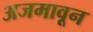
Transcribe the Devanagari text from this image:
अजमावून